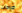
جراحات